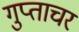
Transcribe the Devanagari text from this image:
गुप्ताचर